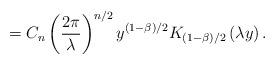
LaTeX: \begin{align*}=C_n\left(\frac{2\pi}{\lambda}\right)^{n/2}y^{(1-\beta)/2}K_{(1-\beta)/2}\left(\lambda y\right).\end{align*}